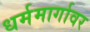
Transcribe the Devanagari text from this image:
धर्ममार्गावर